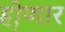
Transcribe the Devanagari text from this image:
हो़णार